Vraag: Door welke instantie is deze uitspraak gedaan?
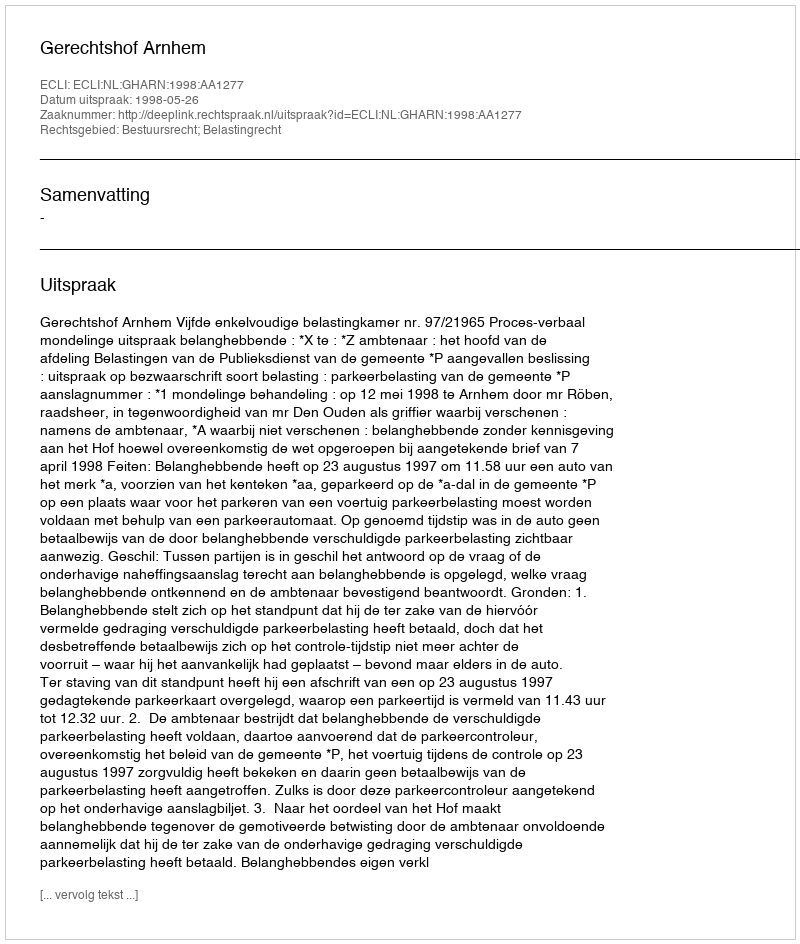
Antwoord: Gerechtshof Arnhem